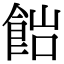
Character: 𩛎